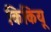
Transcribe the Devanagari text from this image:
किकियू